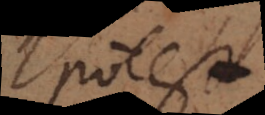
potest.